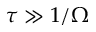
\tau \gg 1 / \Omega